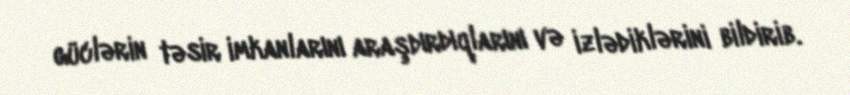
güclərin təsir imkanlarını araşdırdıqlarını və izlədiklərini bildirib.